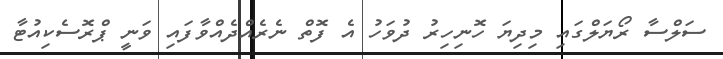
ސަލްސާ ރޯޔަލްގައި މިދިޔަ ހޮނިހިރު ދުވަހު އެ ފޮތް ނެރެއްދެއްވާފައި ވަނީ ޕްރޮސެކިއުޓާ